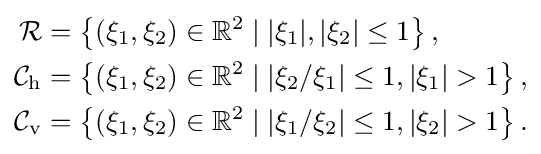
{\begin{aligned}{\mathcal {R}}&=\left\{(\xi _{1},\xi _{2})\in \mathbb {R} ^{2}\mid |\xi _{1}|,|\xi _{2}|\leq 1\right\},\\{\mathcal {C}}_{\mathrm {h} }&=\left\{(\xi _{1},\xi _{2})\in \mathbb {R} ^{2}\mid |\xi _{2}/\xi _{1}|\leq 1,|\xi _{1}|>1\right\},\\{\mathcal {C}}_{\mathrm {v} }&=\left\{(\xi _{1},\xi _{2})\in \mathbb {R} ^{2}\mid |\xi _{1}/\xi _{2}|\leq 1,|\xi _{2}|>1\right\}.\end{aligned}}